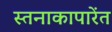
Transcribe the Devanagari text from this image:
स्तनाकापारेंत